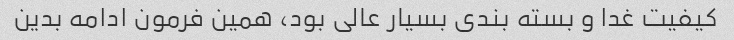
کیفیت غدا و بسته بندی بسیار عالی بود، همین فرمون ادامه بدین